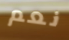
نعم